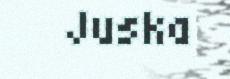
Juska